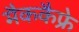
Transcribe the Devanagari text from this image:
मैककैफ्रे